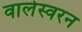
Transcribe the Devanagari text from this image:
वालेस्वरन